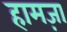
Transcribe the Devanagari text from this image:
हामज़ा